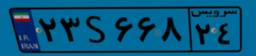
۲۰S۴۶۱۹۷